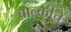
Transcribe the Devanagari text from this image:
बाल्कीचे